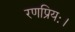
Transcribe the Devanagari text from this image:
रणप्रियः।